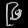
Digit: ၉